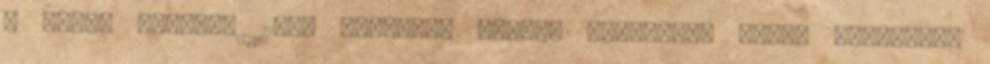
4 évvel ezelőtt 11:09 xHamster párok, masszázs, érett házaspár,